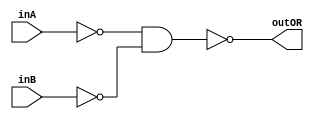
/* CSED273 lab1 experiment 2_ii */
/* lab1_2_ii.v */


/* Implement OR with {AND, NOT}
 * You are only allowed to wire modules together */
module lab1_2_ii(outOR, inA, inB);
    output wire outOR;
    input wire inA, inB;

    ////////////////////////
    /* Add your code here */
    wire A,B,C;
    not(A,inA);
    not(B,inB);
    and(C,A,B);
    not(outOR,C);
    ////////////////////////

endmodule